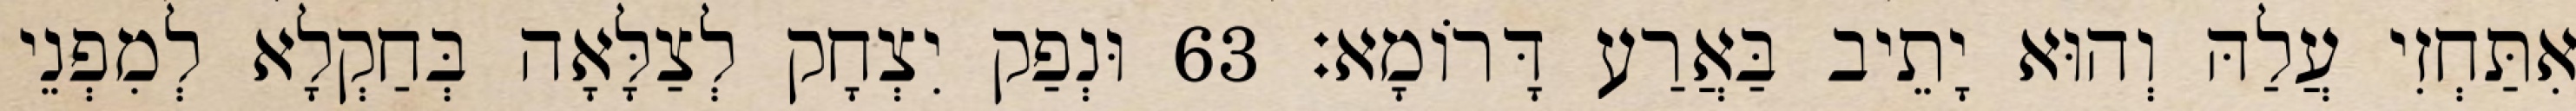
אִתַּחְזִי עֲלַהּ וְהוּא יָתֵיב בַּאֲרַע דָּרוֹמָא׃ 63 וּנְפַק יִצְחָק לְצַלָּאָה בְּחַקְלָא לְמִפְנֵי